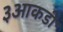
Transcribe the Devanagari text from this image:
३आकडी